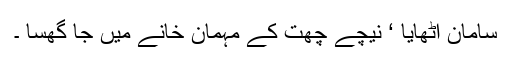
سامان اٹھایا ‘ نیچے چھت کے مہمان خانے میں جا گھسا ۔